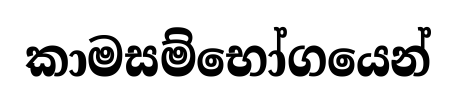
කාමසම්භෝගයෙන්